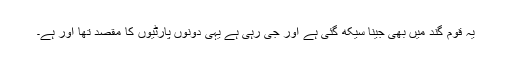
یہ قوم گند میں بھی جینا سیکھ گئی ہے اور جی رہی ہے یہی دونوں پارٹیوں کا مقصد تھا اور ہے۔